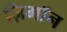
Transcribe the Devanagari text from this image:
ज़िमाॅन